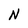
Character: N